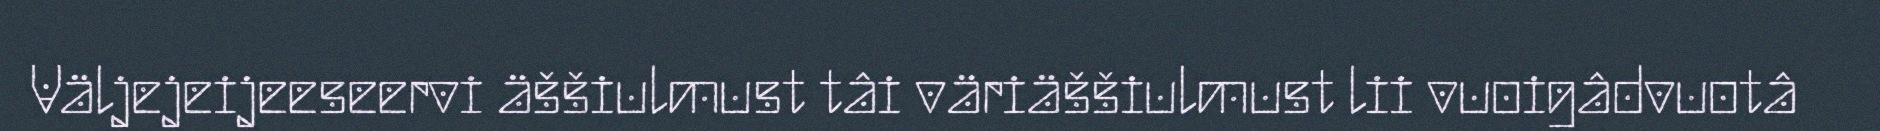
Väljejeijeeseervi äššiulmust tâi väriäššiulmust lii vuoigâdvuotâ